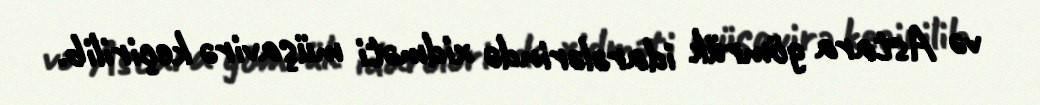
və Astara gömrük idarələrində xidməti müşavirə keçirilib.